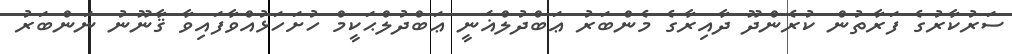
ސަރުކާރުގެ ފަރާތުން ކުރެންދޫ ދާއިރާގެ މެންބަރު ޢަބްދުލްޣަނީ ޢަބްދުލްޙަކީމް ހުށަހަޅުއްވާފައިވާ ޤާނޫނު ނަންބަރު